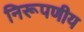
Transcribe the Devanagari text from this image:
निरूपणीय